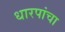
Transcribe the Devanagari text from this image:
धारपांचा